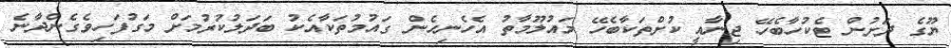
ޔޫގެ ދަށުން ޓެކުހާބެހޭ ޖިނާއީ ކުށްތަކާބެހޭ މައުލޫމާތު އެހެނިހެން ގައުމުތަކާއެކު ބަދަލުކުރުމަށް މަގުފަހިވެގެންދާނެ